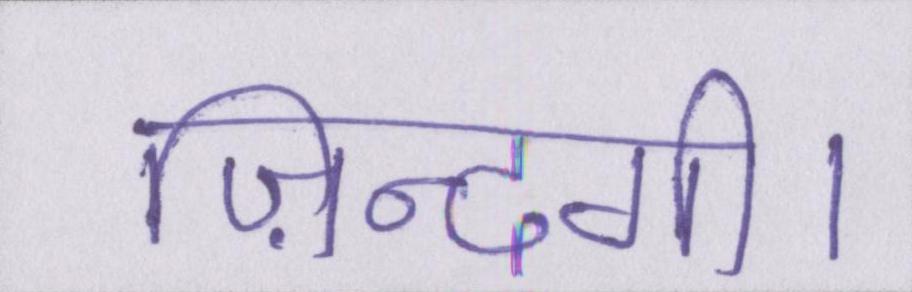
ज़िन्दगी।